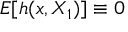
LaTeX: E [ h ( x , X _ { 1 } ) ] \equiv 0